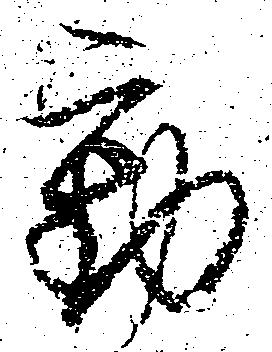
動